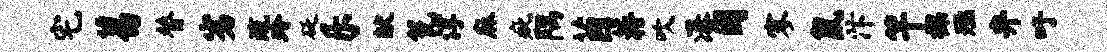
宅葛替劣疏玲砭乐献瓮淳麻疵隅茵蒋吹瀑困寥鼠汴竿裸殛弁吁